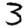
Digit: 3